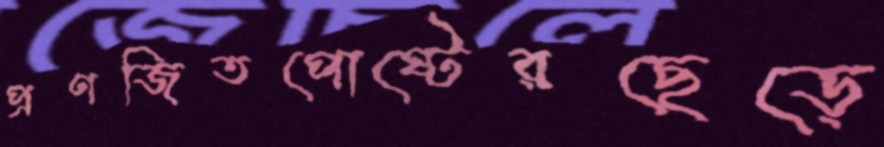
প্রণজিতপোষ্টেরছেড়ে